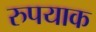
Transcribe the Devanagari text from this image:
रुपयाक